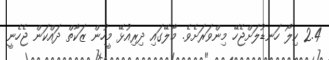
2.4 ކިލޯ ހަނޑުލަށްޖެހޭ މިންވަރަށެވެ. މާލޭގައި ދިރިއުޅޭ މީހުން ޒަކާތް ދައްކަން ޖެހެނީ